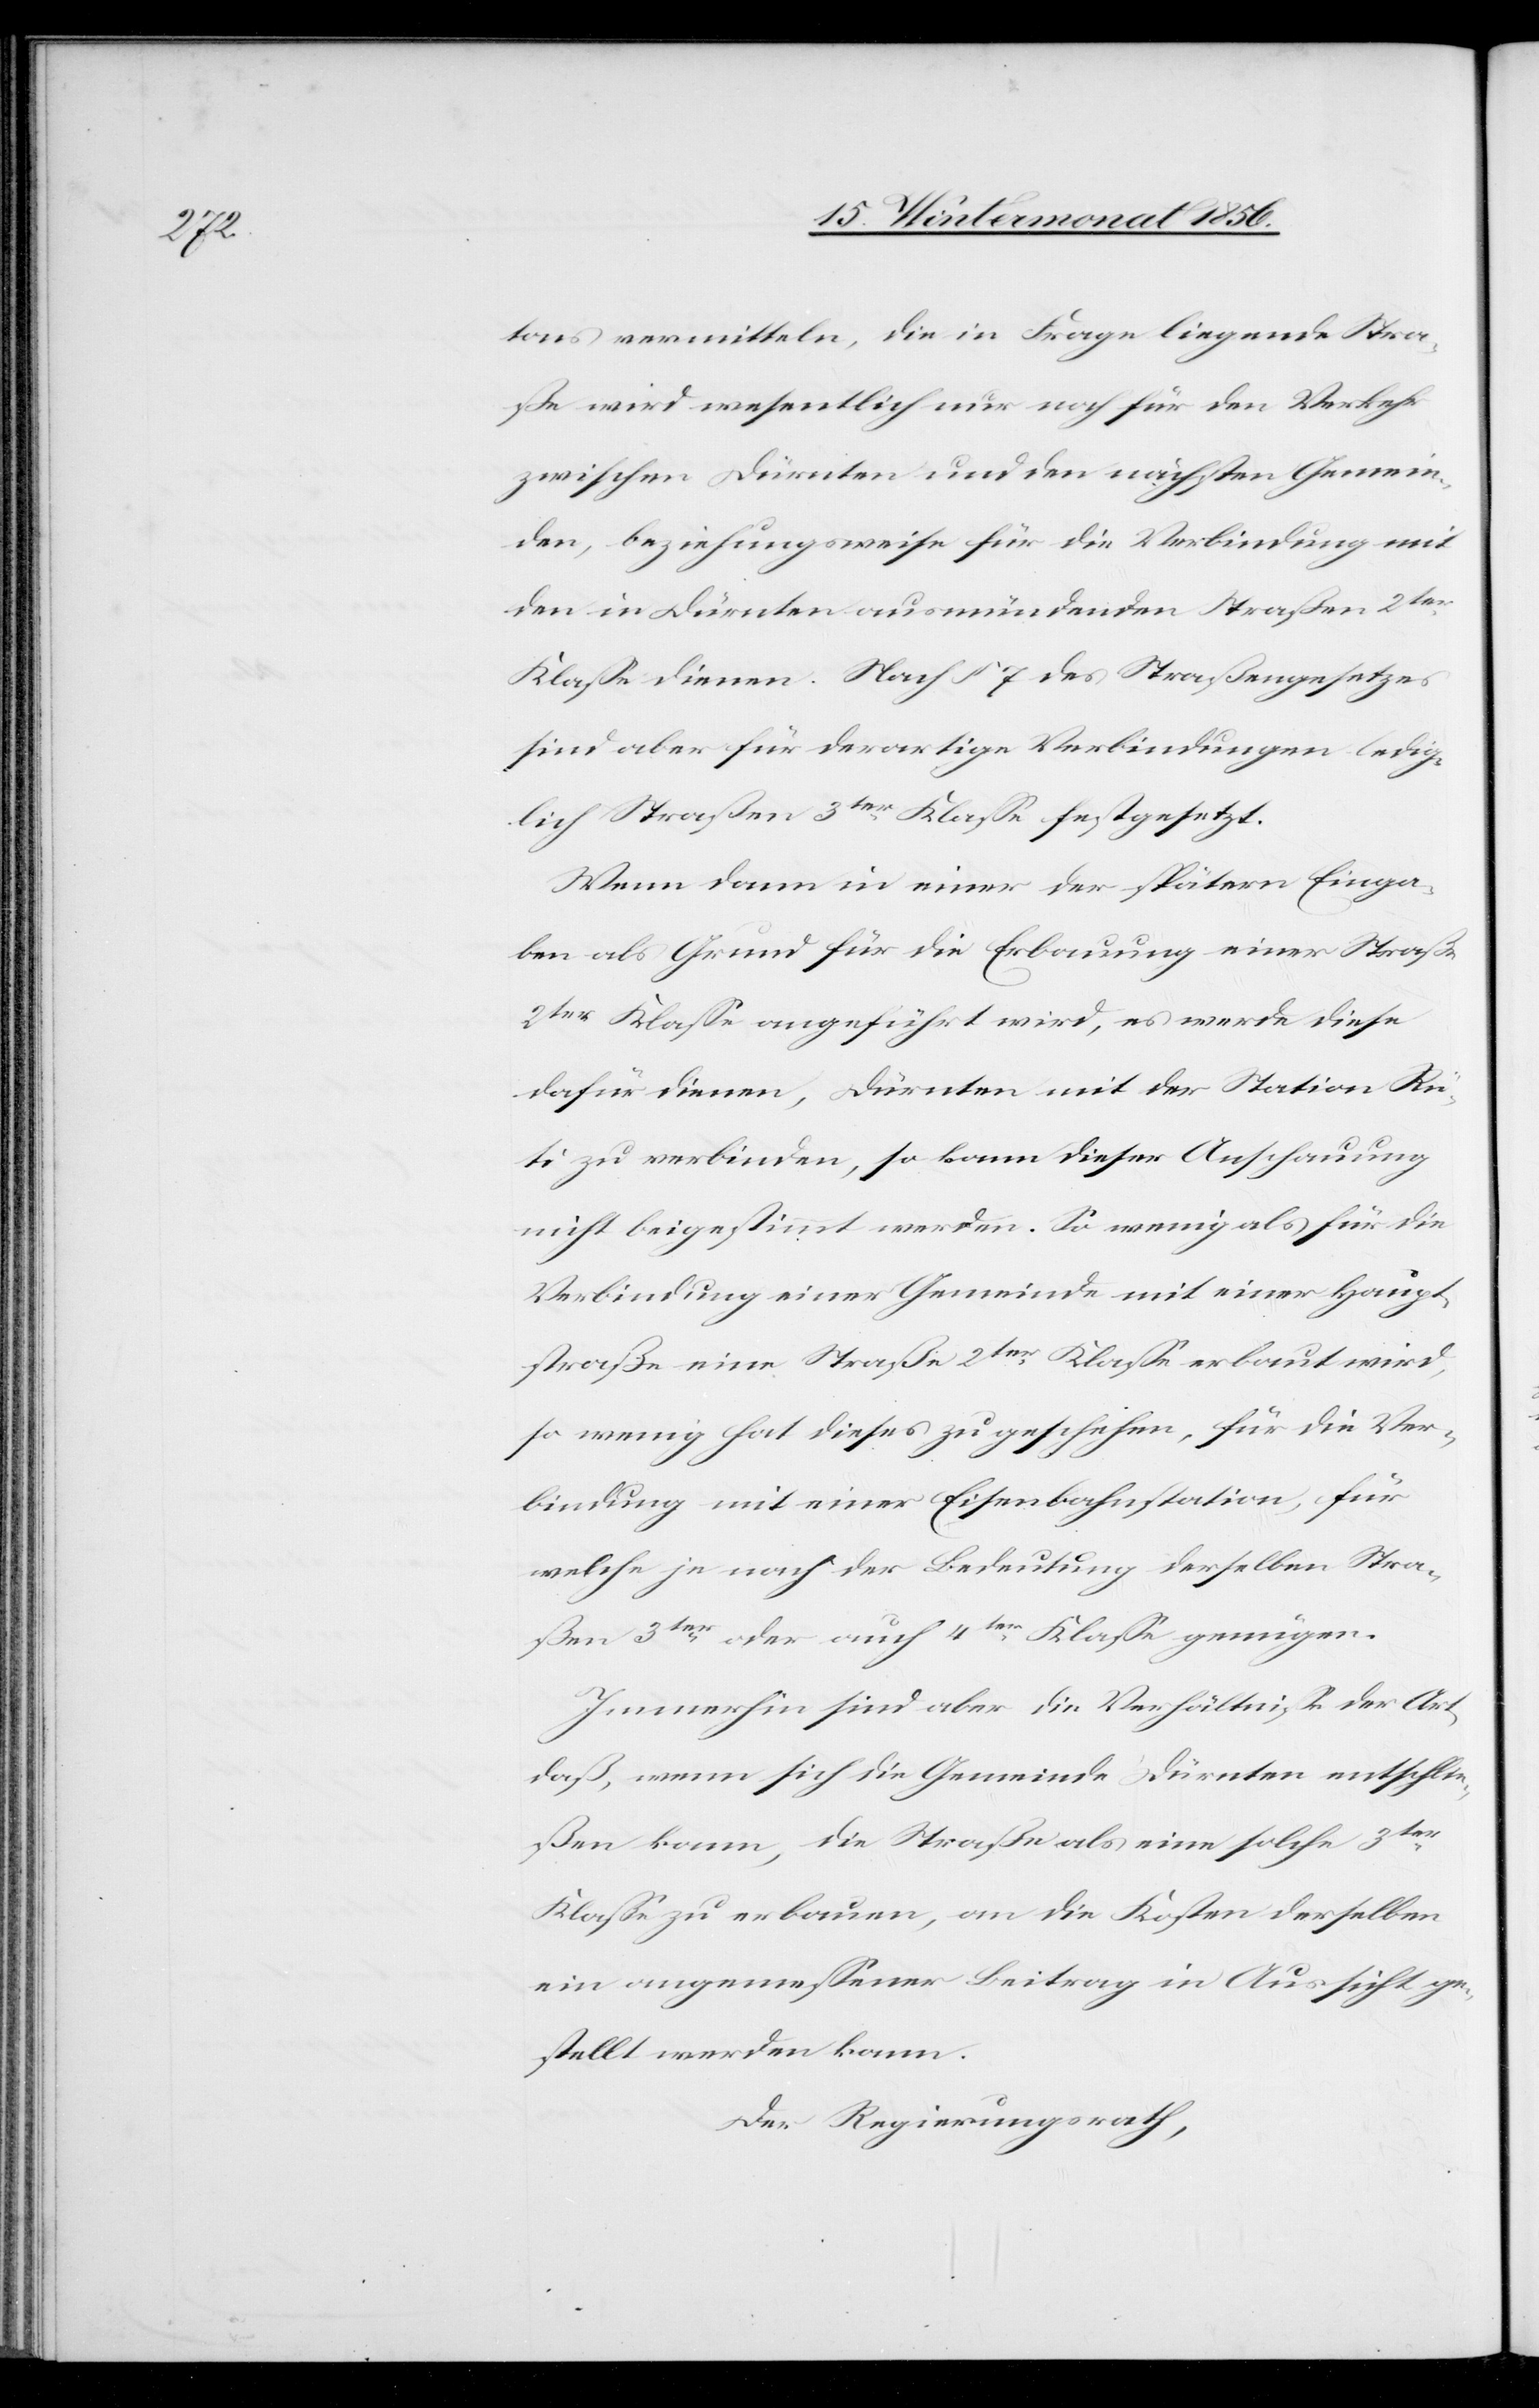
tons vermitteln, die in Frage liegende Stra¬
ße wird wesentlich nur noch für den Verkehr
zwischen Dürnten und den nächsten Gemein¬
den, beziehungsweise für die Verbindung mit
den in Dürnten ausmündenden Straßen 2ter
Klasse dienen. Nach § 7 des Straßengesetzes
sind aber für derartige Verbindungen ledig¬
lich Straßen 3ter Klasse festgesetzt.
Wenn dann in einer der spätern Einga¬
ben als Grund für die Erbauung einer Straße
2ter Klasse angeführt wird, es werde diese
dafür dienen, Dürnten mit der Station Rü¬
ti zu verbinden, so kann dieser Anschauung
nicht beigestimmt werden. So wenig als für die
Verbindung einer Gemeinde mit einer Haupt¬
straße eine Straße 2ter Klasse erbaut wird,
so wenig hat dieses zu geschehen, für die Ver¬
bindung mit einer Eisenbahnstation, für
welche je nach der Bedeutung derselben Stra¬
ßen 3ter oder auch 4ter Klasse genügen.
Immerhin sind aber die Verhältnisse der Art,
daß, wenn sich die Gemeinde Dürnten entschlie¬
ßen kann, die Straße als eine solche 3ter
Klasse zu erbauen, an die Kosten derselben
ein angemessener Beitrag in Aussicht ge¬
stellt werden kann.
Der Regierungsrath,